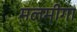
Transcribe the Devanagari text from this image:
मलमीगा